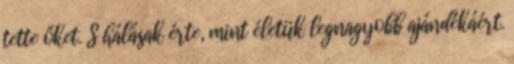
tette őket. S hálásak érte, mint életük legnagyobb ajándékáért.